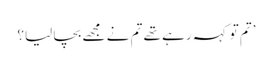
’تم تو کہہ رہے تھے تم نے مجھے بچا لیا؟